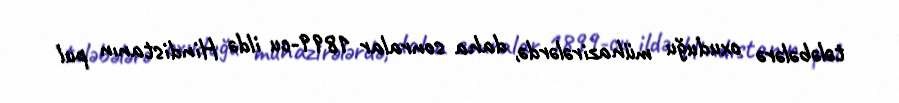
tələbələrə oxuduğu mühazirələrdə, daha sonralar 1899-cu ildə Hindistanın pul